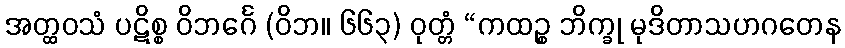
အတ္ထဝသံ ပဋိစ္စ ဝိဘင်္ဂေ (ဝိဘ။ ၆၆၃) ဝုတ္တံ “ကထဉ္စ ဘိက္ခု မုဒိတာသဟဂတေန